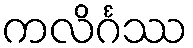
ကလိင်္ဂဿ